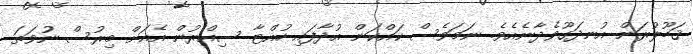
ޤަބޫލުރަން އުނދަގޫވެދާނެއެވެ. ނަމަވެސް ކައްކަން އުދާފައި ހުއްޓާ ސިއްރުން އެއަށް މިރުސް ނުވަތަ